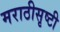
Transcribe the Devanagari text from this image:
मराठीसृष्टी